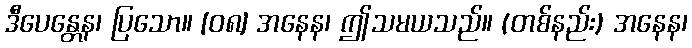
ဒီပေန္တေန၊ ပြသော။ [၀၈] အနေန၊ ဤသမယသည်။ (တစ်နည်း) အနေန၊